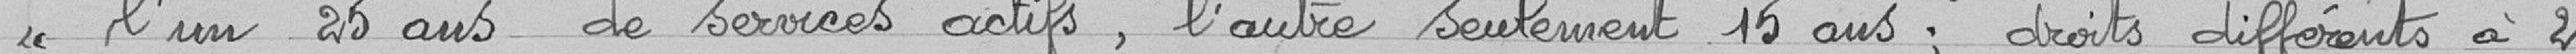
<< l'un 25 ans de services actifs, l'autre seulement 15 ans; droits différents à 2-